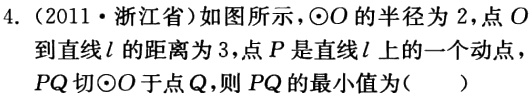
4.（2011·浙江省）如图所示，$\odot O$的半径为$2$，点$O$到直线$l$的距离为$3$，点$P$是直线$l$上的一个动点，$PQ$切$\odot O$于点$Q$，则$PQ$的最小值为( )